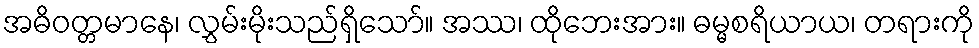
အဓိဝတ္တမာနေ၊ လွှမ်းမိုးသည်ရှိသော်။ အဿ၊ ထိုဘေးအား။ ဓမ္မစရိယာယ၊ တရားကို